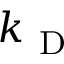
k _ { \mathrm { ~ D ~ } }